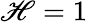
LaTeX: \mathscr{H}=1